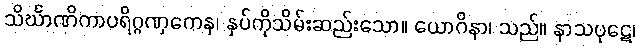
သိင်္ဃာဏိကာပရိဂ္ဂဏှကေန၊ နှပ်ကိုသိမ်းဆည်းသော။ ယောဂိနာ၊ သည်။ နာသပုဋေ၊